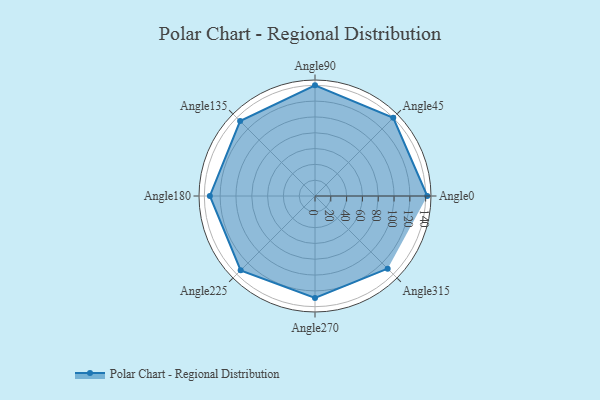
{"axis": {"x": "Angle", "y": "Radius"}, "legend": [""], "data": [{"x": "Angle0", "y": 142.0, "type": ""}, {"x": "Angle45", "y": 140.0, "type": ""}, {"x": "Angle90", "y": 140.0, "type": ""}, {"x": "Angle135", "y": 134.0, "type": ""}, {"x": "Angle180", "y": 133.0, "type": ""}, {"x": "Angle225", "y": 133.0, "type": ""}, {"x": "Angle270", "y": 129.0, "type": ""}, {"x": "Angle315", "y": 130.0, "type": ""}]}